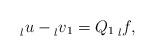
LaTeX: \begin{align*} \prescript{}{l}{u}-\prescript{}{l}{v}_1=Q_1 \prescript{}{l}{f},\end{align*}